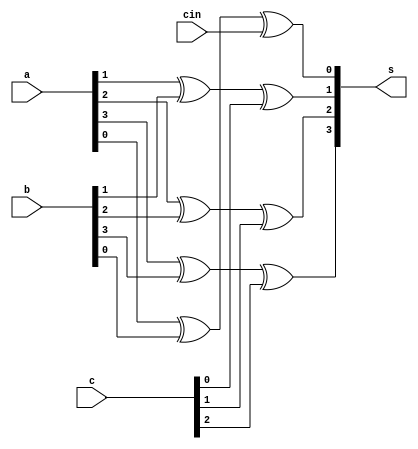
module XOR_Adder(a, b, c, cin, s);
	input [3:0] a, b;
	input [2:0] c;
	input cin;
	output [3:0] s;

	wire [3:0] s;

	assign s[0] = a[0]^b[0]^cin;
	assign s[1] = a[1]^b[1]^c[0];
	assign s[2] = a[2]^b[2]^c[1];
	assign s[3] = a[3]^b[3]^c[2];

endmodule